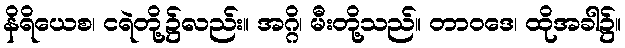
နိရိယေစ၊ ငရဲတို့၌လည်း။ အဂ္ဂိ၊ မီးတို့သည်။ တာဝဒေ၊ ထိုအခါ၌။